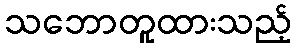
သဘောတူထားသည့်